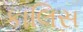
કાલિસ